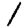
Digit: 1